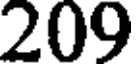
209